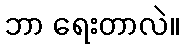
ဘာ ရေးတာလဲ။